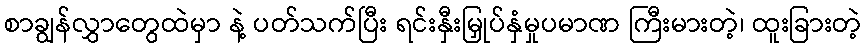
စာချွန်လွှာတွေထဲမှာ နဲ့ ပတ်သက်ပြီး ရင်းနှီးမြှုပ်နှံမှုပမာဏ ကြီးမားတဲ့၊ ထူးခြားတဲ့